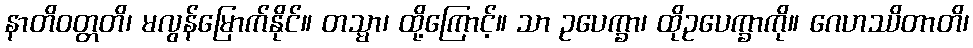
နာတိဝတ္တတိ၊ မလွန်မြောက်နိုင်။ တသ္မာ၊ ထို့ကြောင့်။ သာ ဥပေက္ခာ၊ ထိုဥပေက္ခာကို။ ဂေဟဿိတာတိ၊